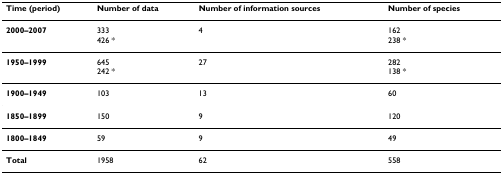
<table><thead><tr><td><b>Time (period)</b></td><td><b>Number of data</b></td><td><b>Number of information sources</b></td><td><b>Number of species</b></td></tr></thead><tbody><tr><td><b>2000–2007</b></td><td>333426 *</td><td>4</td><td>162238 *</td></tr><tr><td><b>1950–1999</b></td><td>645242 *</td><td>27</td><td>282138 *</td></tr><tr><td><b>1900–1949</b></td><td>103</td><td>13</td><td>60</td></tr><tr><td><b>1850–1899</b></td><td>150</td><td>9</td><td>120</td></tr><tr><td><b>1800–1849</b></td><td>59</td><td>9</td><td>49</td></tr><tr><td><b>Total</b></td><td>1958</td><td>62</td><td>558</td></tr></tbody></table>